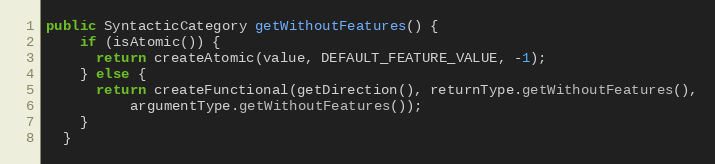
Language: Java
public SyntacticCategory getWithoutFeatures() {
    if (isAtomic()) {
      return createAtomic(value, DEFAULT_FEATURE_VALUE, -1);
    } else {
      return createFunctional(getDirection(), returnType.getWithoutFeatures(),
          argumentType.getWithoutFeatures());
    }
  }